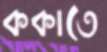
ককাতে